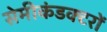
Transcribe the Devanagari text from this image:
सेमीकंडक्टरों